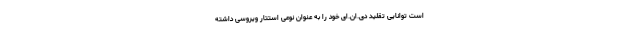
است توانایی تقلید دی.ان.ای خود را به عنوان نوعی استتار ویروسی داشته